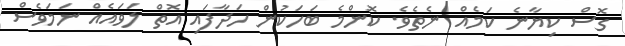
ގޮސް ކިޔާނެ ކަމެއް ނެތެވެ. ކޮންމެ ބަހަކުން ހަދާފައި އޮތް ލަވައެއް ނަމަވެސް